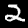
Digit: 2